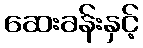
ဆေးခန်းနှင့်